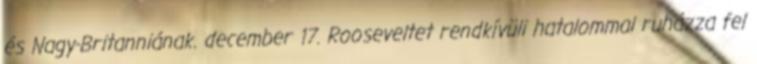
és Nagy-Britanniának. december 17. Rooseveltet rendkívüli hatalommal ruházza fel